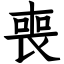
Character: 喪